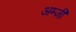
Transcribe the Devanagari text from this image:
अम्ज़ी